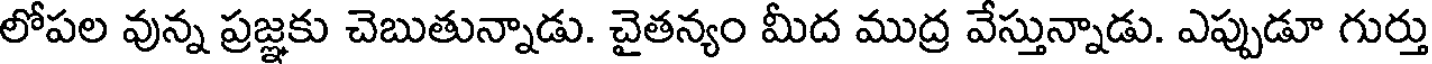
లోపల వున్న ప్రజ్ఞకు చెబుతున్నాడు. చైతన్యం మీద ముద్ర వేస్తున్నాడు. ఎప్పుడూ గుర్తు